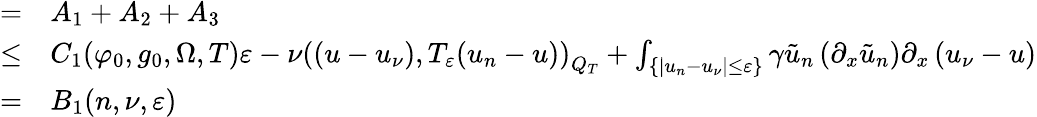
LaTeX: \begin{array}{rl}{=}&{{}A_{1}+A_{2}+A_{3}}\\ {\leq}&{{}C_{1}(\varphi_{0},g_{0},\Omega,T)\varepsilon-\nu\left(\left(u-u_{\nu}\right),T_{\varepsilon}(u_{n}-u)\right)_{Q_{T}}+\int_{\{ |u_{n}-u_{\nu}|\leq\varepsilon\} }\gamma\tilde{u}_{n}\left(\partial_{x}\tilde{u}_{n}\right)\partial_{x}\left(u_{\nu}-u\right)}\\ {=}&{{}B_{1}(n,\nu,\varepsilon)}\end{array}